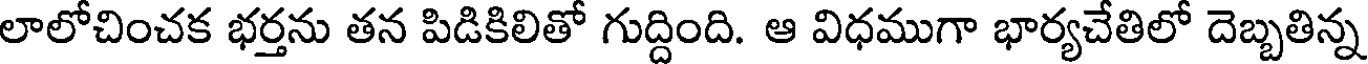
లాలోచించక భర్తను తన పిడికిలితో గుద్దింది. ఆ విధముగా భార్యచేతిలో దెబ్బతిన్న